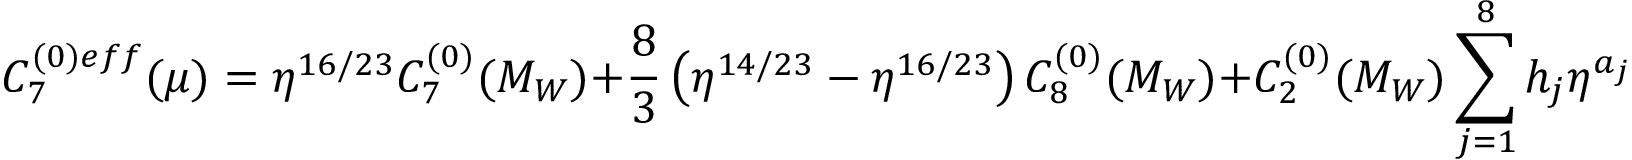
C _ { 7 } ^ { ( 0 ) e f f } ( \mu ) = \eta ^ { 1 6 / 2 3 } C _ { 7 } ^ { ( 0 ) } ( M _ { W } ) + \frac { 8 } { 3 } \left( \eta ^ { 1 4 / 2 3 } - \eta ^ { 1 6 / 2 3 } \right) C _ { 8 } ^ { ( 0 ) } ( M _ { W } ) + C _ { 2 } ^ { ( 0 ) } ( M _ { W } ) \sum _ { j = 1 } ^ { 8 } h _ { j } \eta ^ { a _ { j } } \ .